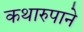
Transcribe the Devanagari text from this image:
कथारुपाने